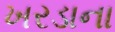
ખરડાના